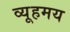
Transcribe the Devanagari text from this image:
व्यूहमय